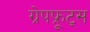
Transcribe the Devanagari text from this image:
ग्रेपफ्रूट्स